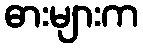
ဓားများက